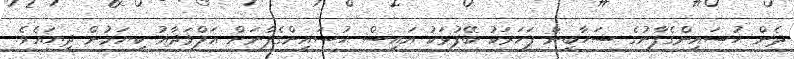
ދެން ޙުސައިންގެފާނުގެ ސަހާބީން ފަހަރަކު ބޭފުޅަކު އައިސް ޙުސައިންގެފާނަށް އަލްވަދާއު ކިޔަމުން ދިޔައެވެ.